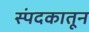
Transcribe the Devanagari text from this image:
स्पंदकातून